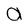
Character: a